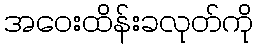
အဝေးထိန်းခလုတ်ကို